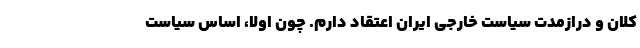
کلان و درازمدت سیاست خارجی ایران اعتقاد دارم. چون اولا، اساس سیاست